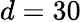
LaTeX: d=30